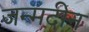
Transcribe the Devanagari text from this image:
जन्मदीन